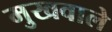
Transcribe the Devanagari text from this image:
मुखवाले